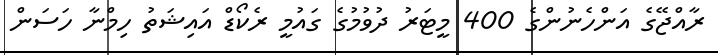
ރާއްޖޭގެ އަންހެނުންގެ 400 މީޓަރު ދުވުމުގެ ގައުމީ ރެކޯޑް އައިޝަތު ހިމްނާ ހަސަން